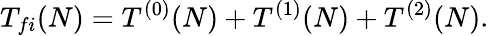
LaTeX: T_{fi}(N)=T^{(0)}(N)+T^{(1)}(N)+T^{(2)}(N).